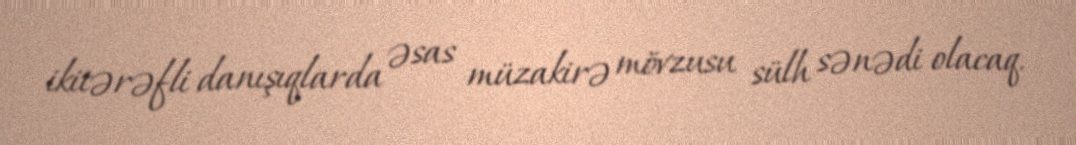
ikitərəfli danışıqlarda əsas müzakirə mövzusu sülh sənədi olacaq.